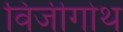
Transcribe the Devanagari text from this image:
विजीगोथ